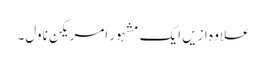
علاوہ ازیں ایک مشہور امریکن ناول۔